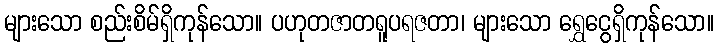
များသော စည်းစိမ်ရှိကုန်သော။ ပဟုတဇာတရူပရဇတာ၊ များသော ရွှေငွေရှိကုန်သော။